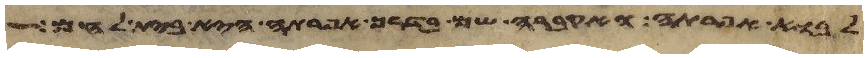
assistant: לבוא אפרתה ואקברה שם בדרך אפרתה היא בית לחם